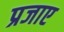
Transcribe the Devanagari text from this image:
प्रजाए